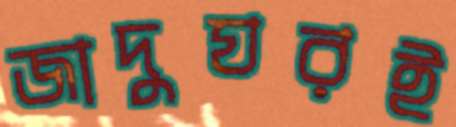
জাদুঘরই